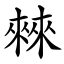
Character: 㯤